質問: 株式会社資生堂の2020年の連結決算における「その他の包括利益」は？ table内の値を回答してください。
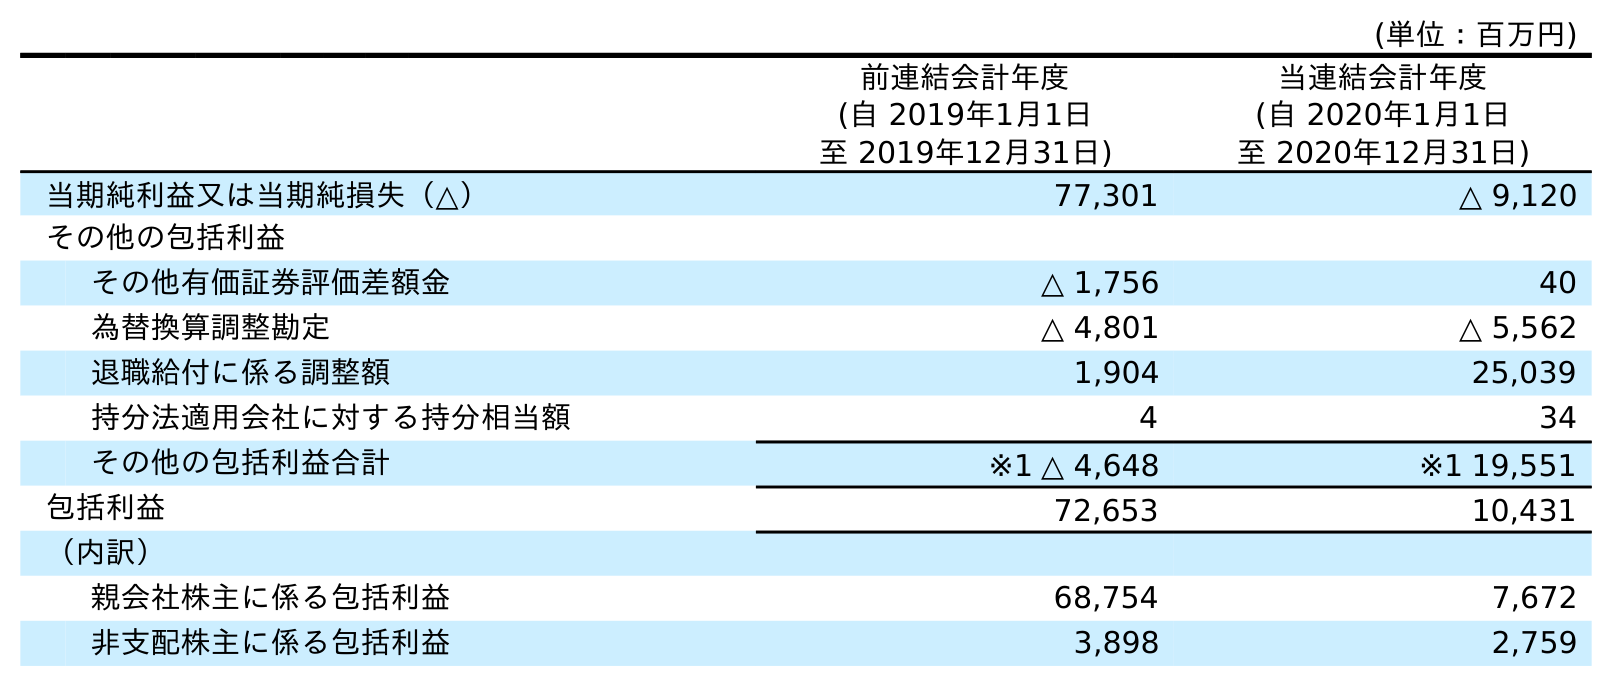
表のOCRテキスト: (単位：百万円) 前連結会計年度 (自 2019年1月1日 至 2019年12月31日) 当連結会計年度 (自 2020年1月1日 至 2020年12月31日) 当期純利益又は当期純損失（△） 77,301 △ 9,120 その他の包括利益 その他有価証券評価差額金 △ 1,756 40 為替換算調整勘定 △ 4,801 △ 5,562 退職給付に係る調整額 1,904 25,039 持分法適用会社に対する持分相当額 4 34 その他の包括利益合計 ※1 △ 4,648 ※1 19,551 包括利益 72,653 10,431 （内訳） 親会社株主に係る包括利益 68,754 7,672 非支配株主に係る包括利益 3,898 2,759
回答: ※119,551